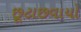
છૂટાછવાયો